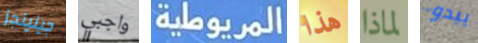
جينينجز واجبي المريوطية هذا لماذا يبدو